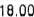
18.00